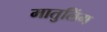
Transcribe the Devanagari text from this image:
मातुलिंग